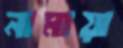
নামায়া